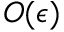
O ( \epsilon )